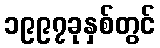
၁၉၉၇ခုနှစ်တွင်